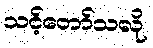
သင့်တော်သလို